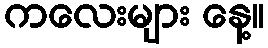
ကလေးများ နေ့။